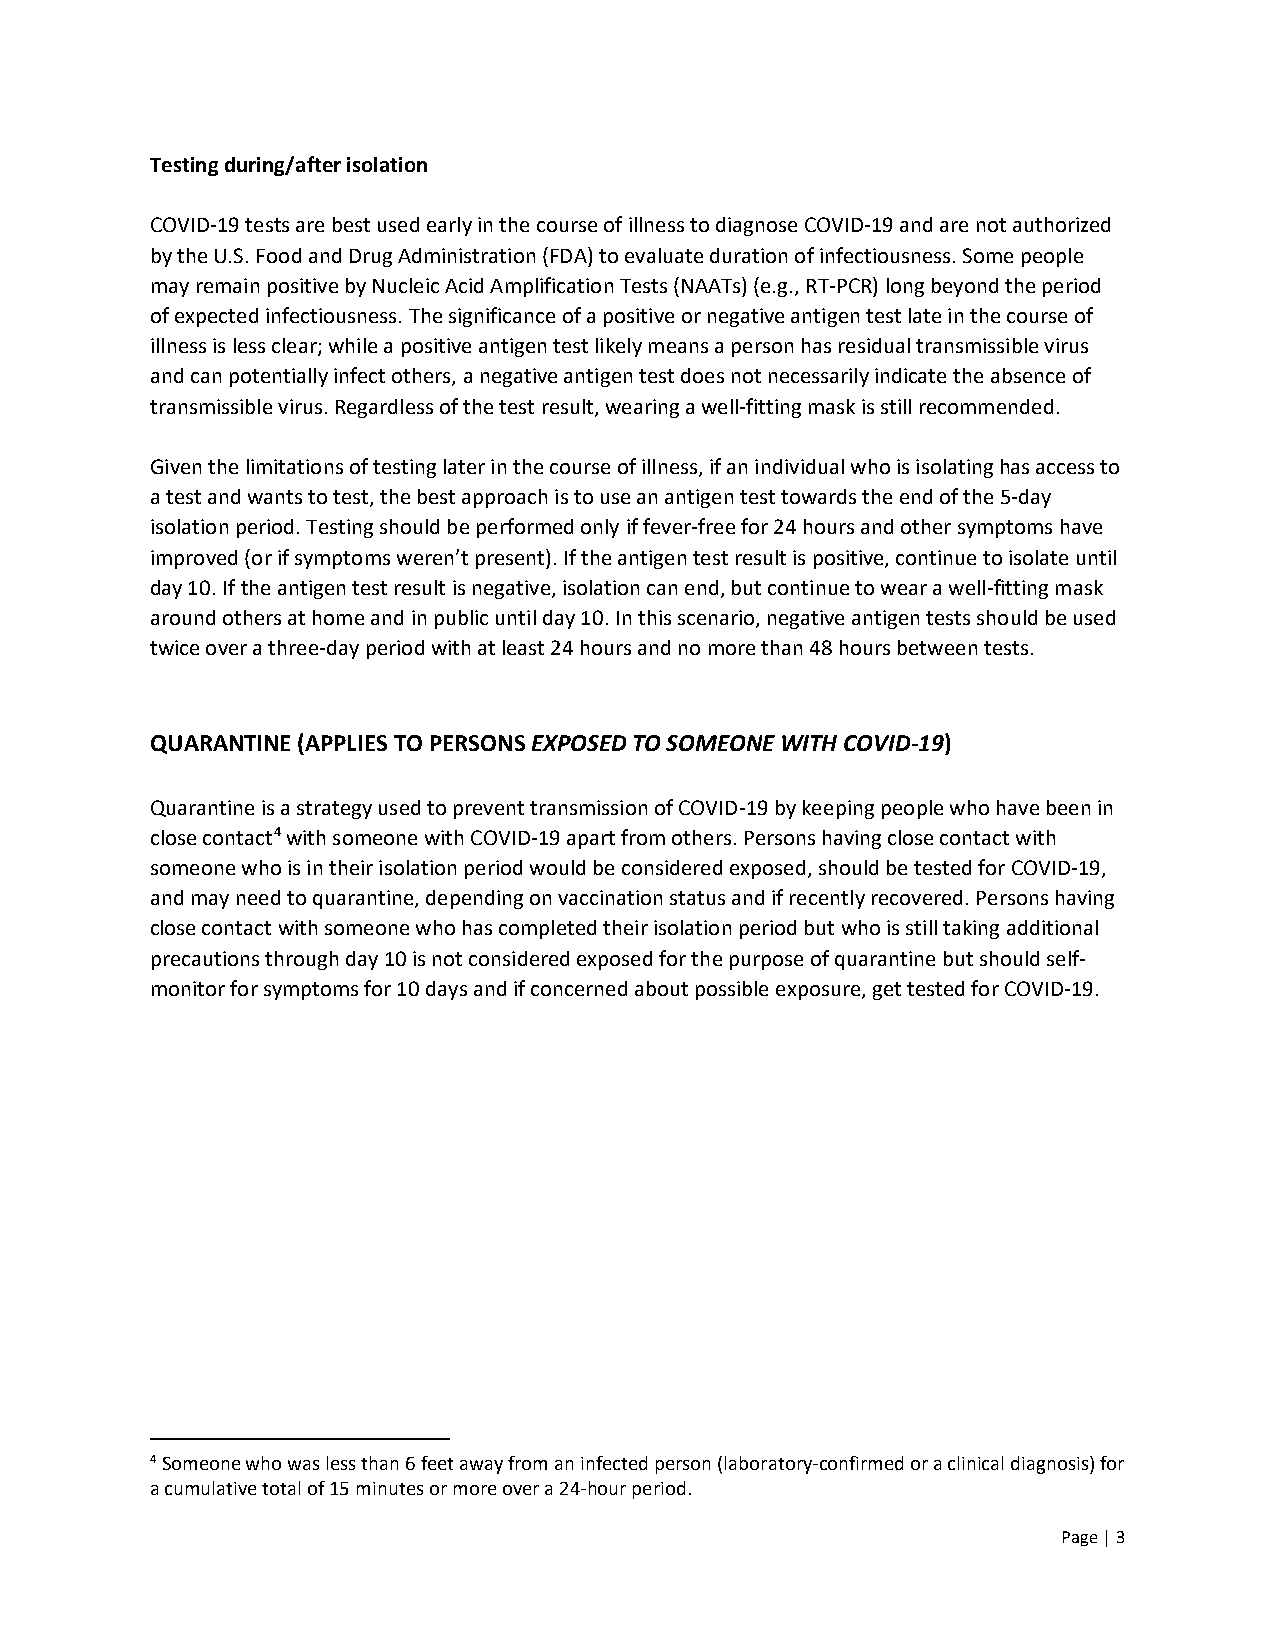
Testing during/after isolation
 COVID-19 tests are best used early in the course of illness to diagnose COVID-19 and are not authorized
 by the U.S. Food and Drug Administration (FDA) to evaluate duration of infectiousness. Some people
 may remain positive by Nucleic Acid Amplification Tests (NAATs) (e.g., RT-PCR) long beyond the period
 of expected infectiousness. The significance of a positive or negative antigen test late in the course of
 illness is less clear; while a positive antigen test likely means a person has residual transmissible virus
 and can potentially infect others, a negative antigen test does not necessarily indicate the absence of
 transmissible virus. Regardless of the test result, wearing a well-fitting mask is still recommended.
 Given the limitations of testing later in the course of illness, if an individual who is isolating has access to
 a test and wants to test, the best approach is to use an antigen test towards the end of the 5-day
 isolation period. Testing should be performed only if fever-free for 24 hours and other symptoms have
 improved (or if symptoms weren’t present). If the antigen test result is positive, continue to isolate until
 day 10. If the antigen test result is negative, isolation can end, but continue to wear a well-fitting mask
 around others at home and in public until day 10. In this scenario, negative antigen tests should be used
 twice over a three-day period with at least 24 hours and no more than 48 hours between tests.
 QUARANTINE (APPLIES TO PERSONS EXPOSED TO SOMEONE WITH COVID-19)
 Quarantine is a strategy used to prevent transmission of COVID-19 by keeping people who have been in
 close contact4 with someone with COVID-19 apart from others. Persons having close contact with
 someone who is in their isolation period would be considered exposed, should be tested for COVID-19,
 and may need to quarantine, depending on vaccination status and if recently recovered. Persons having
 close contact with someone who has completed their isolation period but who is still taking additional
 precautions through day 10 is not considered exposed for the purpose of quarantine but should self-
 monitor for symptoms for 10 days and if concerned about possible exposure, get tested for COVID-19.
 4 Someone who was less than 6 feet away from an infected person (laboratory-confirmed or a clinical diagnosis) for
 a cumulative total of 15 minutes or more over a 24-hour period.
 Page | 3